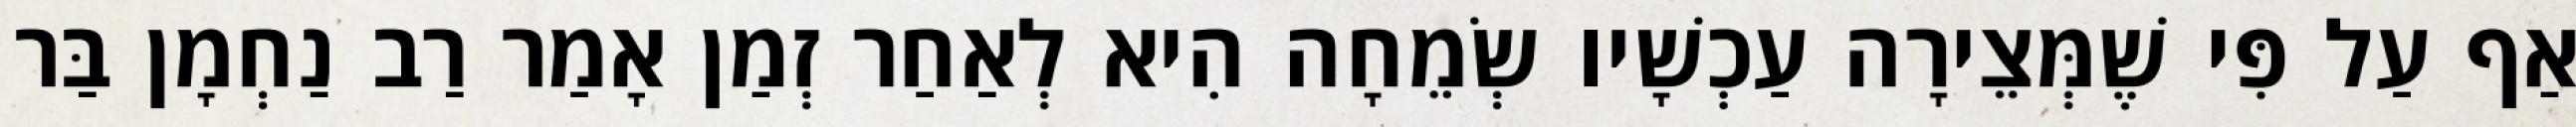
אַף עַל פִּי שֶׁמְּצֵירָה עַכְשָׁיו שְׂמֵחָה הִיא לְאַחַר זְמַן אָמַר רַב נַחְמָן בַּר